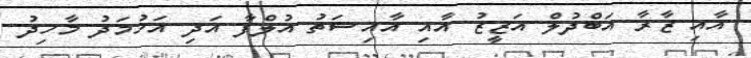
އާއި ޒާރާ އަބްދުލް އަޒީޒު އާއި އާއިޝަތު އުލްފާ އަދި އަހުމަދު މާހިދު